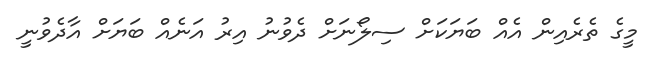
މީގެ ތެރެއިން އެއް ބަޔަކަށް ސިލޯނަށް ދެވުނު އިރު އަނެއް ބަޔަށް އާދެވުނީ